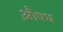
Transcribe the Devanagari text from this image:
औ़षध